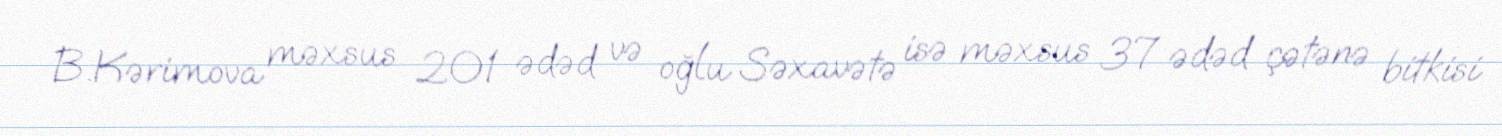
B.Kərimova məxsus 201 ədəd və oğlu Səxavətə isə məxsus 37 ədəd çətənə bitkisi